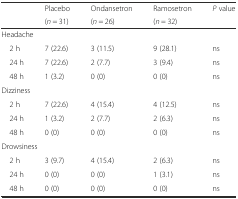
<table><thead><tr><td rowspan="2"></td><td><b>Placebo</b></td><td><b>Ondansetron</b></td><td><b>Ramosetron</b></td><td rowspan="2"><b><i>P</i> value</b></td></tr><tr><td><b>(<i>n</i> = 31)</b></td><td><b>(<i>n</i> = 26)</b></td><td><b>(<i>n</i> = 32)</b></td></tr></thead><tbody><tr><td colspan="5">Headache</td></tr><tr><td> 2 h</td><td>7 (22.6)</td><td>3 (11.5)</td><td>9 (28.1)</td><td>ns</td></tr><tr><td> 24 h</td><td>7 (22.6)</td><td>2 (7.7)</td><td>3 (9.4)</td><td>ns</td></tr><tr><td> 48 h</td><td>1 (3.2)</td><td>0 (0)</td><td>0 (0)</td><td>ns</td></tr><tr><td colspan="5">Dizziness</td></tr><tr><td> 2 h</td><td>7 (22.6)</td><td>4 (15.4)</td><td>4 (12.5)</td><td>ns</td></tr><tr><td> 24 h</td><td>1 (3.2)</td><td>2 (7.7)</td><td>2 (6.3)</td><td>ns</td></tr><tr><td> 48 h</td><td>0 (0)</td><td>0 (0)</td><td>0 (0)</td><td>ns</td></tr><tr><td colspan="5">Drowsiness</td></tr><tr><td> 2 h</td><td>3 (9.7)</td><td>4 (15.4)</td><td>2 (6.3)</td><td>ns</td></tr><tr><td> 24 h</td><td>0 (0)</td><td>0 (0)</td><td>1 (3.1)</td><td>ns</td></tr><tr><td> 48 h</td><td>0 (0)</td><td>0 (0)</td><td>0 (0)</td><td>ns</td></tr></tbody></table>